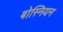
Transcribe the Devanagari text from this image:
बोस्नियन